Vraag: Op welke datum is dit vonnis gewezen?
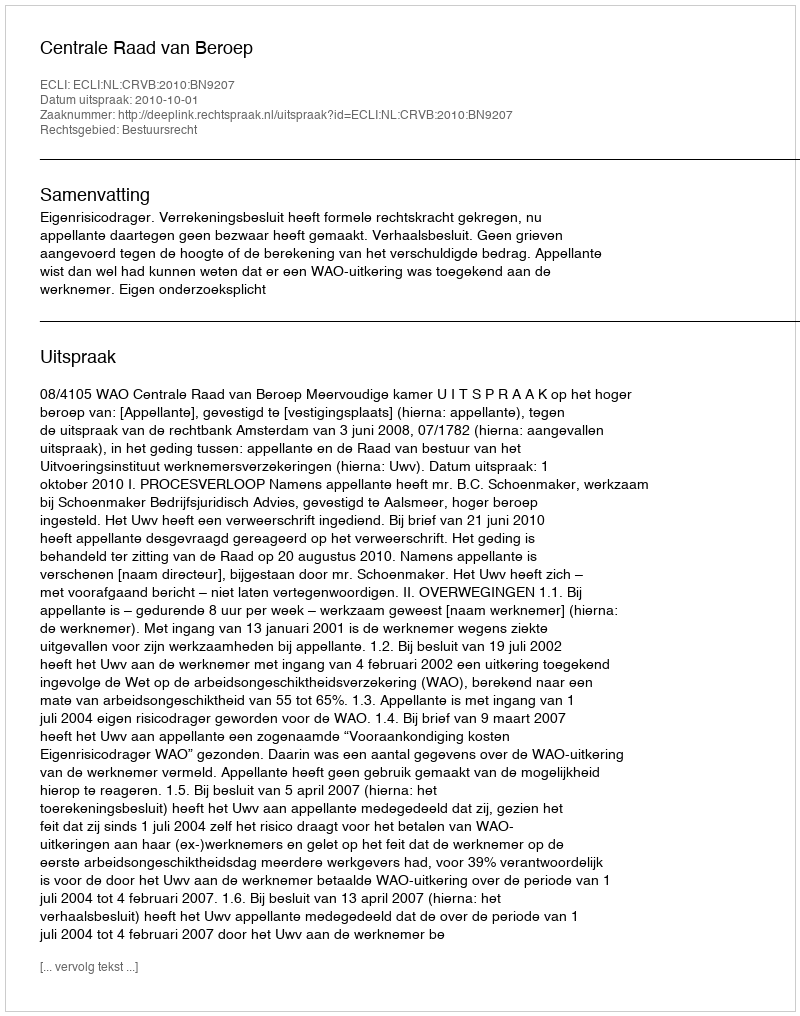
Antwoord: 2010-10-01